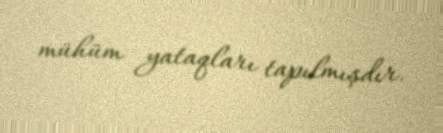
mühüm yataqları tapılmışdır.